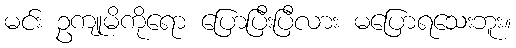
မင်း ဥကျုမိကိုရော ပြောပြီးပြီလား မပြောရသေးဘူး။